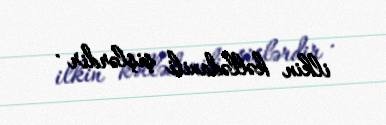
ilkin kəllədaxili şişlərdir .